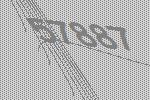
57887